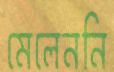
মেলেননি